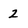
Character: 2